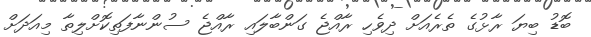
ބޮޑު ބިޔަ ރާޅުގެ ތެރެއަށް ދިވެހި ރާއްޖެ ގަންބާލައި ރާއްޖެ ސުންނާފަތިކޮށްލިތާ މިއަދަށް